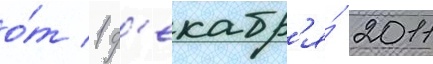
о́т 1 д'екабр'я́ 2011